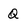
Character: Q